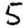
Digit: 5